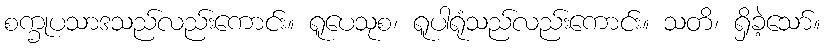
စက္ခုပသာဒသည်လည်းကောင်း။ ရူပေသုစ၊ ရူပါရုံသည်လည်းကောင်း။ သတိ၊ ရှိခဲ့သော်။